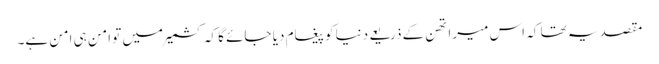
مقصد یہ تھا کہ اس میراتھن کے ذریعے دنیا کو پیغام دیا جائے گا کہ کشمیر میں تو امن ہی امن ہے۔